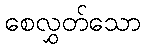
စေလွှတ်သော